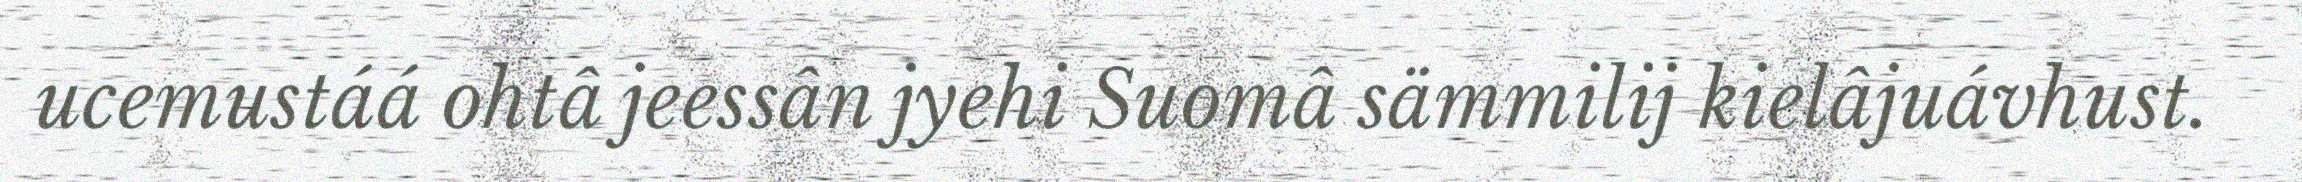
ucemustáá ohtâ jeessân jyehi Suomâ sämmilij kielâjuávhust.